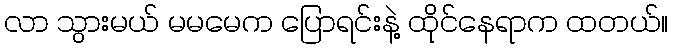
လာ သွားမယ် မမမေက ပြောရင်းနဲ့ ထိုင်နေရာက ထတယ်။